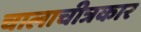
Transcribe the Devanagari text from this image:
चालाचीत्रकार